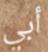
أبي